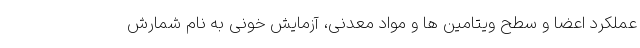
عملکرد اعضا و سطح ویتامین ‌ها و مواد معدنی، آزمایش خونی به نام شمارش